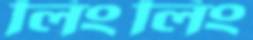
লিংলিং